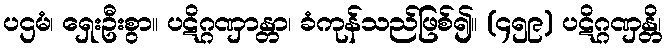
ပဌမံ၊ ရှေးဦးစွာ။ ပဋိဂ္ဂဏှာန္တာ၊ ခံကုန်သည်ဖြစ်၍။ (၄၅၉) ပဋိဂ္ဂဏှန္တိ၊